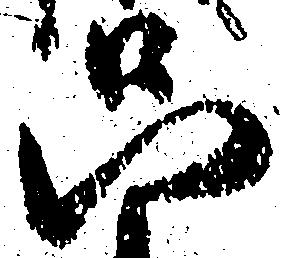
只